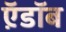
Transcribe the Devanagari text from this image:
ऍ़डॉब